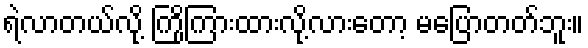
ရဲလာတယ်လို့ ကြိုကြားထားလို့လားတော့ မပြောတတ်ဘူး။